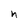
Character: n